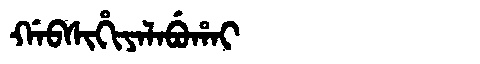
Manchu: ᡤᠠᠪᠰᡳᡥᡳᠶᠠᠯᠠᠪᡠᡥᠠᡳ
Romanization: GABSIHIYALABUHAI